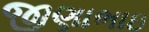
જીણાભાઇ